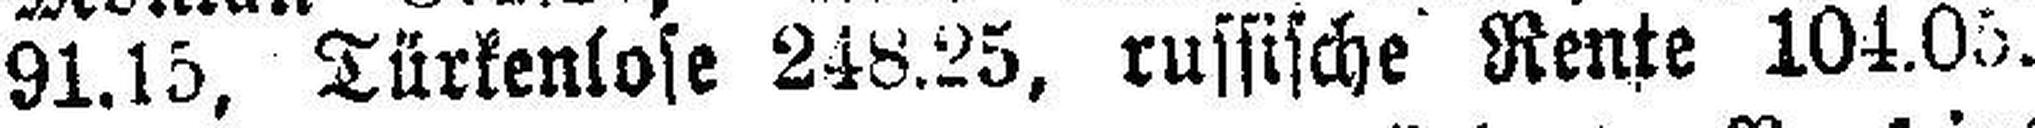
91.15, Türkenlose 248.25, russische Rente 104.05.